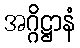
အဂ္ဂိဋ္ဌာနံ